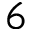
6